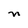
Character: n